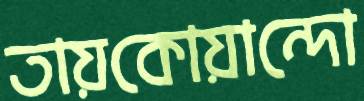
তায়কোয়ান্দো